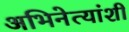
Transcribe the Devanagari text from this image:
अभिनेत्यांशी